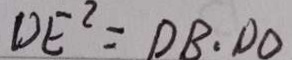
D E ^ { 2 } = D B \cdot D O